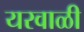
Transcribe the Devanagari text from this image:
यरवाळी